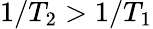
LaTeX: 1/T_{2}>1/T_{1}